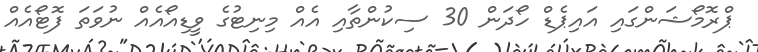
ޕްރޮމޯޝަންގައި އައިޕެޑް ހޯދަން 30 ސިކުންތާއި އެއް މިނިޓުގެ ވީޑިއޯއެއް ނުވަތަ ފޮޓޯއެއް